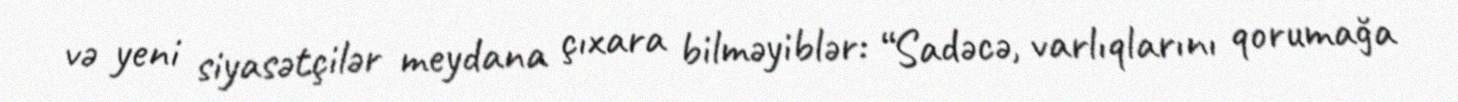
və yeni siyasətçilər meydana çıxara bilməyiblər: “Sadəcə, varlıqlarını qorumağa